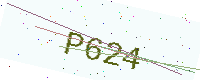
Text: P624